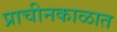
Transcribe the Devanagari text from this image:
प्राचीनकाळात